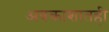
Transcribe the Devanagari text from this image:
अवकाशातही